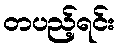
တပည့်ရင်း